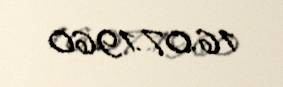
16.07.1960